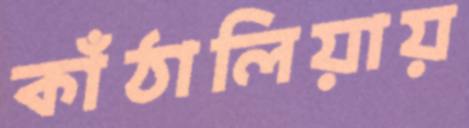
কাঁঠালিয়ায়